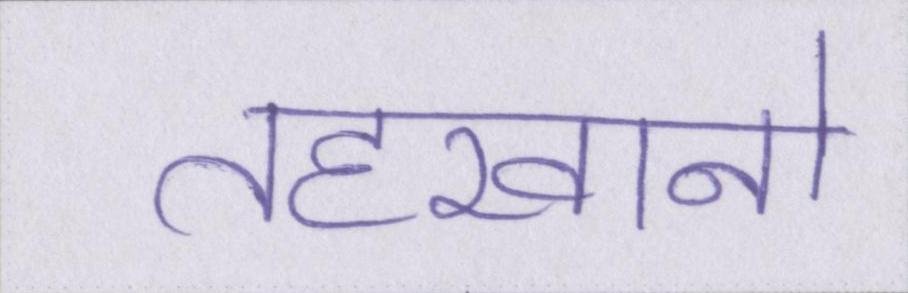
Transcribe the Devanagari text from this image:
तहखानो